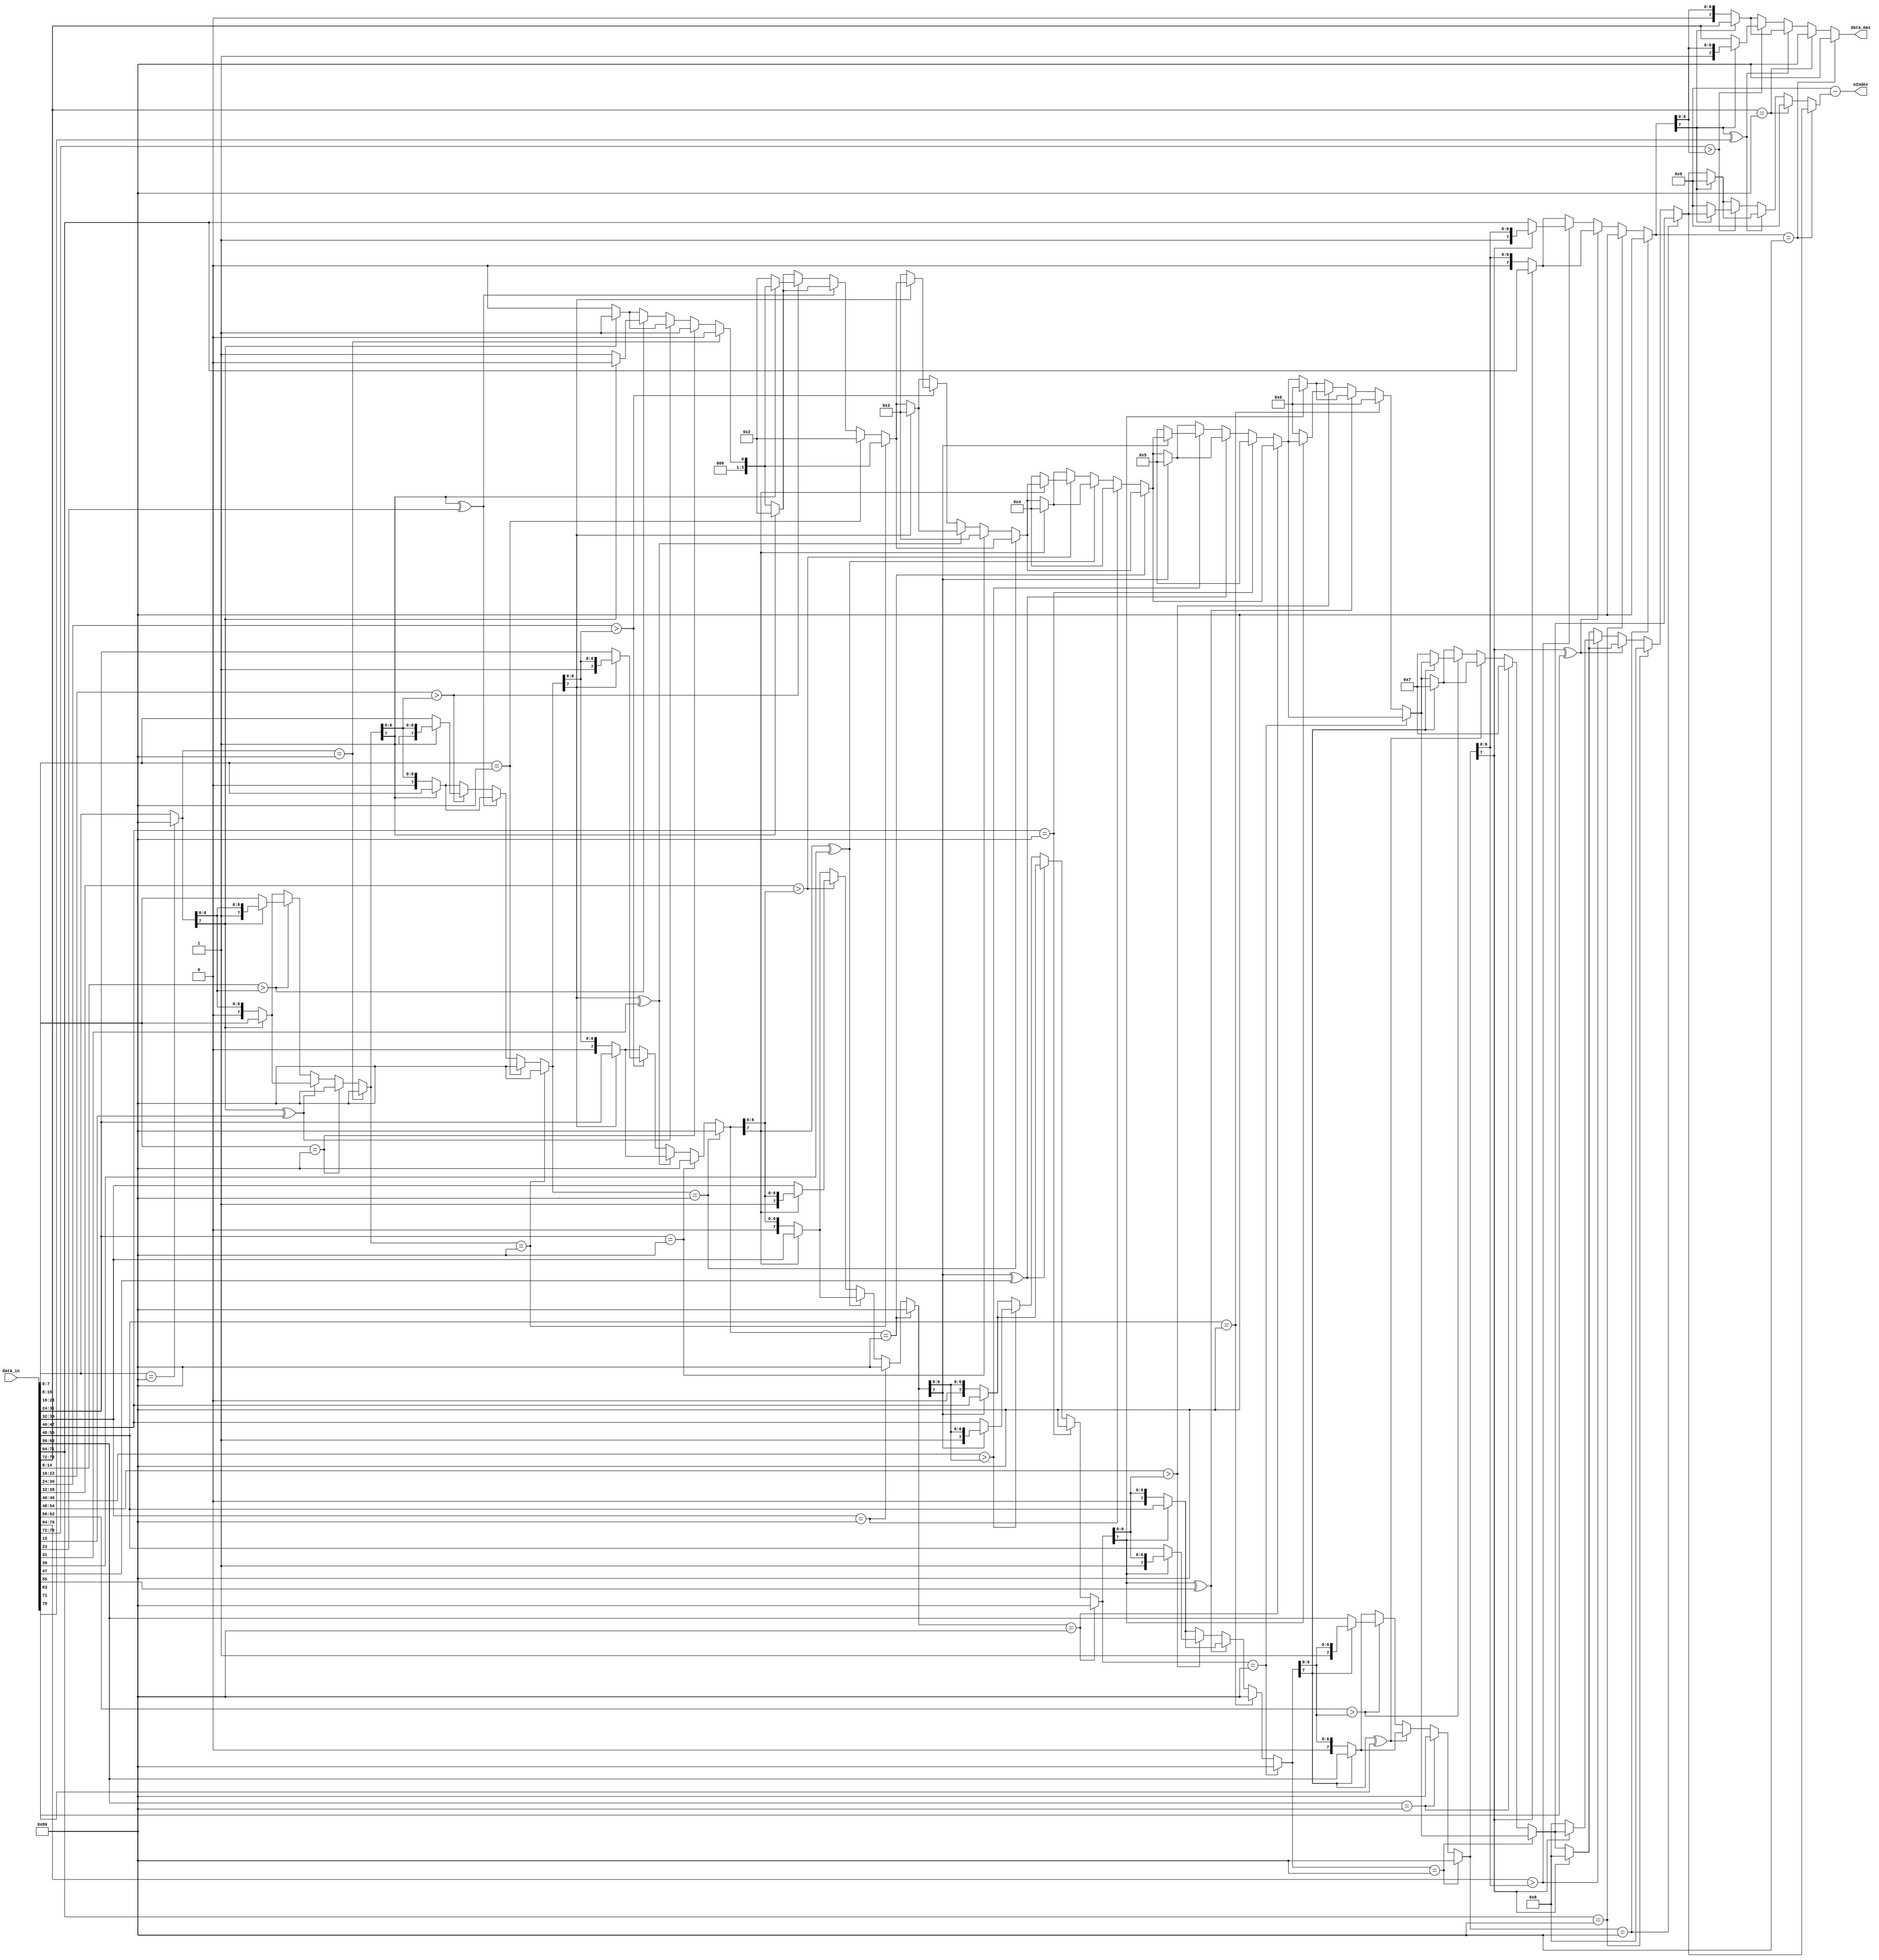
module max_in_10(
    input [10 * 8 - 1:0] data_in,

    output reg [7:0] data_max,
    output [3:0] oIndex
);

    reg [3:0] cnt;
    reg [3:0] index;
    assign oIndex = 9 - index;
    always @ (*) begin
        data_max = data_in[7:0];
        index = 0;

        for (cnt = 0; cnt < 10; cnt = cnt + 1) begin
            if (data_max == 8'b10000000) begin
                data_max = 8'b10000000;
            end
            else if (data_in[cnt * 8 + 7 -: 8] == 8'b10000000) begin
                data_max = 8'b10000000;
                index = cnt;
            end
            else if (data_max[7] ^ data_in[cnt * 8 + 7] == 1) begin
                if (data_max[7] == 1) begin
                    data_max = data_in[cnt * 8 + 7 -: 8];
                    index = cnt;
                end
                else 
                    data_max = data_max;
            end
            else if (data_in[cnt * 8 + 6 -: 7] > data_max[6:0]) begin
                if (data_max[7] == 0) begin
                    data_max = data_in[cnt * 8 + 7 -: 8];
                    index = cnt;
                end
            end
            else
                if (data_max[7] == 1) begin
                    data_max = data_in[cnt * 8 + 7 -: 8];
                    index = cnt;
                end
        end
    end
endmodule